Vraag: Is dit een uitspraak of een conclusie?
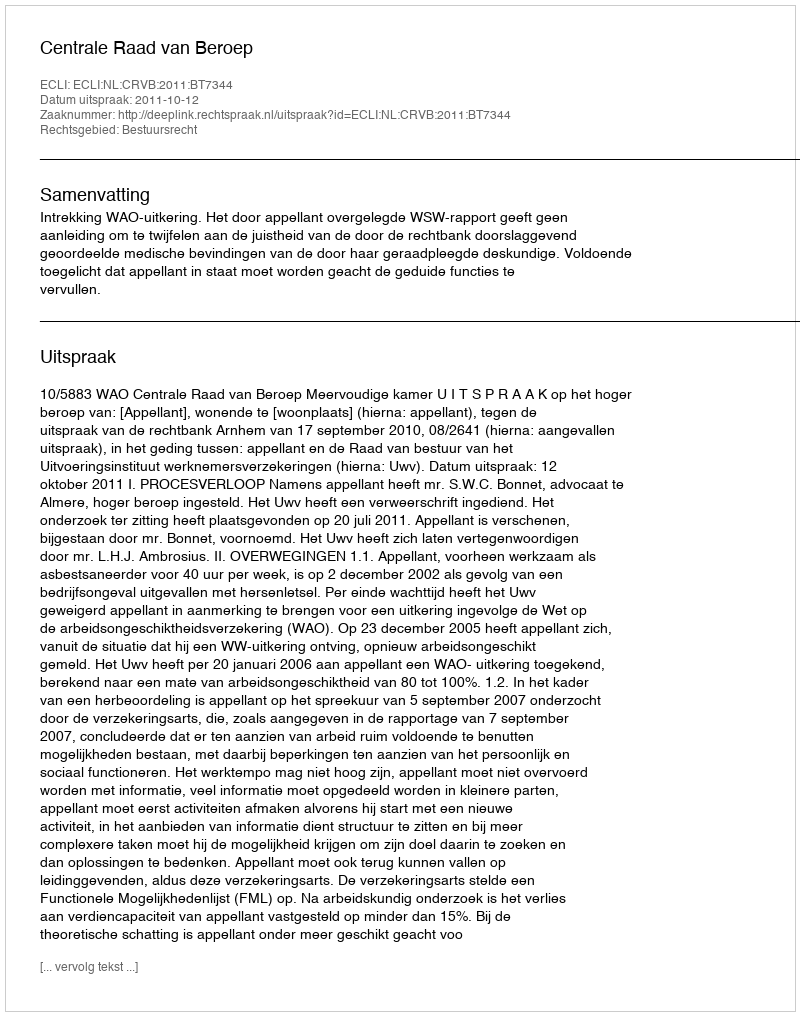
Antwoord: Uitspraak